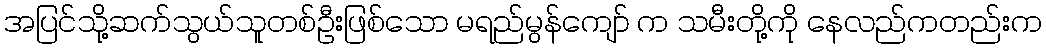
အပြင်သို့ဆက်သွယ်သူတစ်ဦးဖြစ်သော မရည်မွန်ကျော် က သမီးတို့ကို နေလည်ကတည်းက